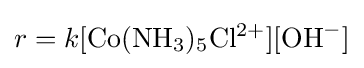
r=k[\mathrm {Co(NH_{3})_{5}Cl^{2+}} ][\mathrm {OH} ^{-}]